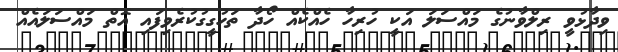
ވިދާޅުވީ ރިލްވާނުގެ މައްސަލަ އަކީ ހުރިހާ ހެއްކެއް ހޯދާ ތަހުގީގުކުރެވިފައި އޮތް މައްސަލައެއް